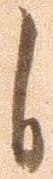
自